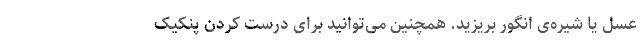
عسل یا شیره‌ی انگور بریزید. همچنین می‌توانید برای درست کردن پنکیک